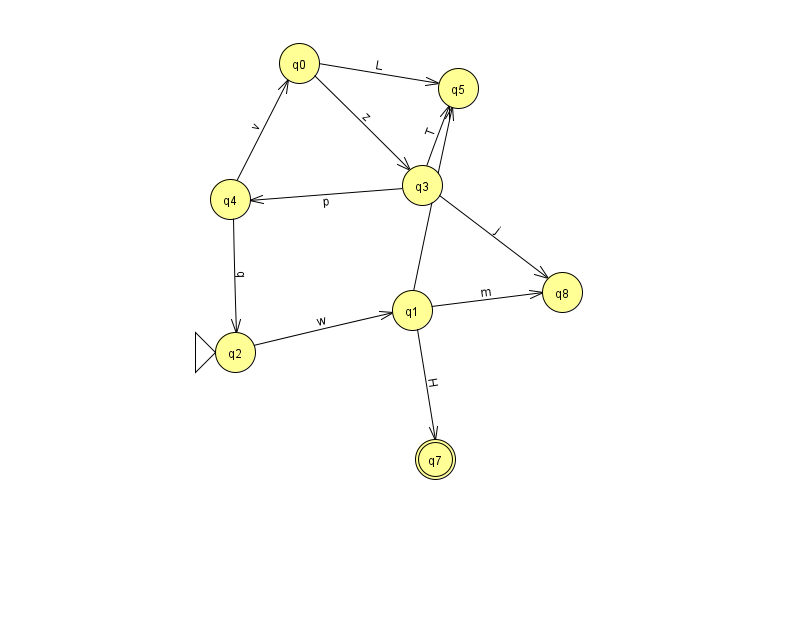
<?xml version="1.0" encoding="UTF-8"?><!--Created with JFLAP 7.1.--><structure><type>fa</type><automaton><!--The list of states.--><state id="0" name="q0"><x>299.0</x><y>50.0</y></state><state id="1" name="q1"><x>412.0</x><y>297.0</y></state><state id="2" name="q2"><x>235.0</x><y>339.0</y><initial/></state><state id="3" name="q3"><x>422.0</x><y>172.0</y></state><state id="4" name="q4"><x>230.0</x><y>186.0</y></state><state id="5" name="q5"><x>458.0</x><y>75.0</y></state><state id="7" name="q7"><x>435.0</x><y>446.0</y><final/></state><state id="8" name="q8"><x>562.0</x><y>279.0</y></state><!--The list of transitions.--><transition><from>1</from><to>5</to><read>h</read></transition><transition><from>0</from><to>5</to><read>L</read></transition><transition><from>2</from><to>1</to><read>w</read></transition><transition><from>0</from><to>3</to><read>z</read></transition><transition><from>3</from><to>5</to><read>T</read></transition><transition><from>4</from><to>0</to><read>v</read></transition><transition><from>4</from><to>2</to><read>q</read></transition><transition><from>1</from><to>7</to><read>H</read></transition><transition><from>1</from><to>8</to><read>m</read></transition><transition><from>3</from><to>4</to><read>p</read></transition><transition><from>3</from><to>8</to><read>j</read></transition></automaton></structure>